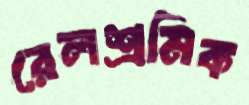
রেলশ্রমিক